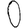
Digit: 0